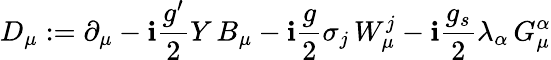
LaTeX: D_{\mu}:=\partial_{\mu}-\mathbf{i}{\frac{{g^{\prime}}}{{2}}}Y\, B_{\mu}-\mathbf{i}{\frac{{g}}{{2}}}\sigma_{j}\, W_{\mu}^{j}-\mathbf{i}{\frac{{g_{s}}}{{2}}}\lambda_{\alpha}\, G_{\mu}^{\alpha}